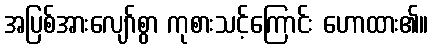
အပြစ်အားလျော်စွာ ကုစားသင့်ကြောင်း ဟောထား၏။